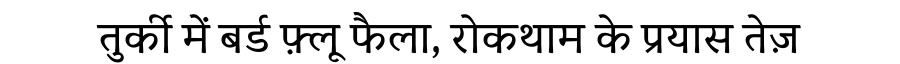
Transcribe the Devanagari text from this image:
तुर्की में बर्ड फ़्लू फैला, रोकथाम के प्रयास तेज़